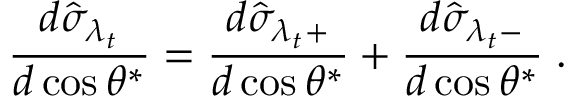
{ \frac { d \hat { \sigma } _ { \lambda _ { t } } } { d \cos \theta ^ { * } } } = { \frac { d \hat { \sigma } _ { \lambda _ { t } + } } { d \cos \theta ^ { * } } } + { \frac { d \hat { \sigma } _ { \lambda _ { t } - } } { d \cos \theta ^ { * } } } \; .